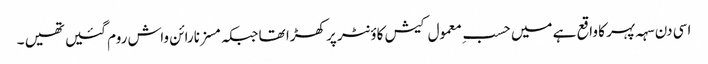
اسی دن سہہ پہر کا واقع ہے میں حسبِ معمول کیش کاؤنٹر پر کھڑا تھا جبکہ مسز نارائن واش روم گئیں تھیں ۔